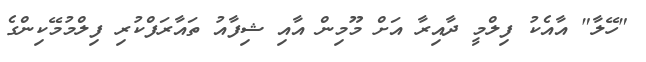
"ހޭލާ" އާއެކު ފިލްމީ ދާއިރާ އަށް މޫމިން އާއި ޝިފާއު ތައާރަފްކުރި ފިލްމުމޭކިންގެ